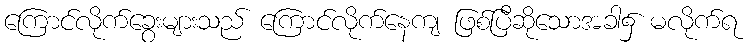
ကြောင်လိုက်ခွေးများသည် ကြောင်လိုက်နေကျ ဖြစ်ပြီဆိုသောအခါ၌ မလိုက်ရ